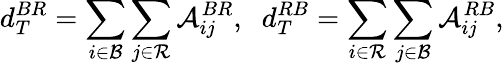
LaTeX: d_{T}^{BR}=\sum_{i\in\mathcal{B}}\sum_{j\in\mathcal{R}}\mathcal{A}_{ij}^{BR},\; \; d_{T}^{RB}=\sum_{i\in\mathcal{R}}\sum_{j\in\mathcal{B}}\mathcal{A}_{ij}^{RB},